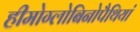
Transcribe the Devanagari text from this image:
हीमोग्लोबिनोपैथियां